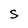
Character: S